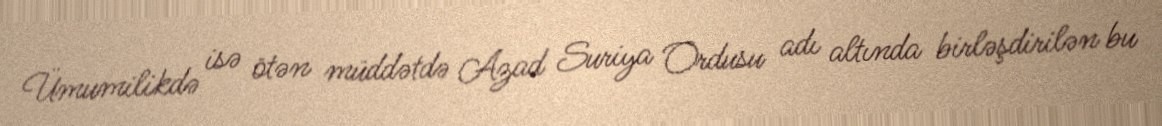
Ümumilikdə isə ötən müddətdə Azad Suriya Ordusu adı altında birləşdirilən bu